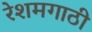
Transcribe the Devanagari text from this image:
रेशमगाठी